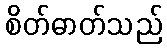
စိတ်ဓာတ်သည်